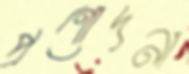
প্রণোদনা